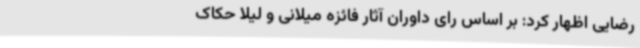
رضایی اظهار کرد: بر اساس رای داوران آثار فائزه میلانی و لیلا حکاک